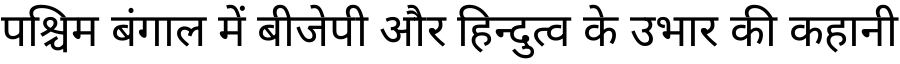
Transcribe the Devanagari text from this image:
पश्चिम बंगाल में बीजेपी और हिन्दुत्व के उभार की कहानी